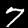
Label: 7